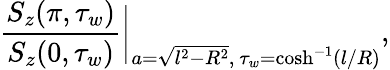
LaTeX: \frac{S_{z}(\pi,\tau_{w})}{S_{z}(0,\tau_{w})}\bigg|_{a=\sqrt{l^{2}-R^{2}},~\tau_{w}=\cosh^{-1}(l/R)},